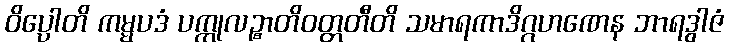
ဝိပ္ပောတိ ကမ္မပဒံ ပက္ကုလဉ္စာတိဝတ္တတီတိ သမာရကာဒိဂ္ဂဟဏေန ဘာရဒွါဇံ